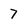
Character: 7